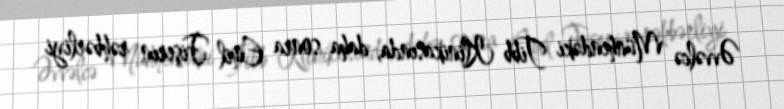
Əvvəlcə Münhendəki Tibb Klinikasında, daha sonra Emil Fişerin rəhbərliyi